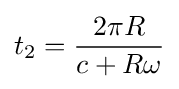
t_{2}={\frac {2\pi R}{c+R\omega }}